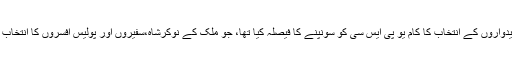
حالانکہ، وزارت نے دسمبر میں ان عہدوں کے لئے امیدواروں کے انتخاب کا کام یو پی ایس سی کو سونپنے کا فیصلہ کیا تھا، جو ملک کے نوکرشاہ،سفیروں اور پولیس افسروں کا انتخاب کرنے کے لئے سول سروس کاامتحان منعقد کرتی ہے۔